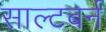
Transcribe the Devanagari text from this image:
साल्टबर्न